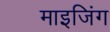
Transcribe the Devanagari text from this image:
माइजिंग